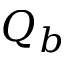
Q _ { b }